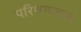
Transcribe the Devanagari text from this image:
परिश्रमजन्य